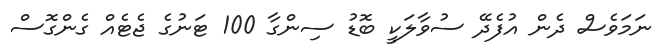
ނަމަވެސް ދެން އުފެދޭ ސުވާލަކީ ބޮޑު ސިންގާ 100 ޓަނުގެ ޖެޓެއް ގެންގޮސް